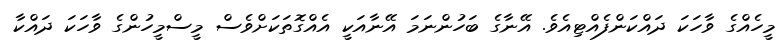
މީހެއްގެ ވާހަކަ ދައްކަންފެއްޓިއެވެ. އޭނާގެ ބަހުންނަމަ އޭނާއަކީ އެއްގޮތަކަށްވެސް މީސްމީހުންގެ ވާހަކަ ދައްކާ